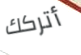
أتركك